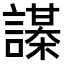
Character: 𧬔